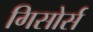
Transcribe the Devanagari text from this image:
गिसोर्स